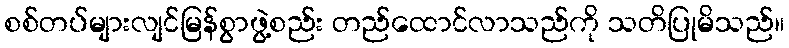
စစ်တပ်များလျင်မြန်စွာဖွဲ့စည်း တည်ထောင်လာသည်ကို သတိပြုမိသည်။